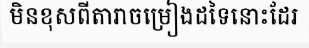
មិនខុសពីតារាចម្រៀងដទៃនោះដែរ